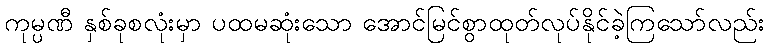
ကုမ္ပဏီ နှစ်ခုစလုံးမှာ ပထမဆုံးသော အောင်မြင်စွာထုတ်လုပ်နိုင်ခဲ့ကြသော်လည်း